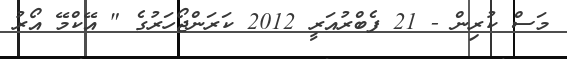
މަސް ކުރިން - 21 ފެބްރުއަރީ 2012 ކަރަންޖޯހަރުގެ " އޭކްމޭ އޯރު